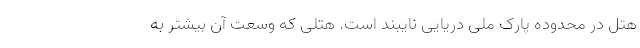
هتل در محدوده پارک ملی دریایی نایبند است. هتلی که وسعت آن بیشتر به